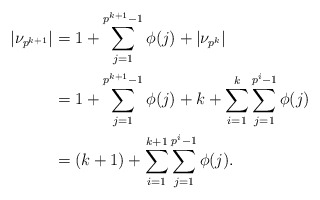
\begin{align*} |\nu_{p^{k+1}}| &= 1+\sum\limits_{j=1}^{p^{k+1}-1}\phi(j) + |\nu_{p^k}|\\ &= 1+\sum\limits_{j=1}^{p^{k+1}-1}\phi(j) + k+\sum\limits_{i=1}^k\sum\limits_{j=1}^{p^i-1}\phi(j)\\ &= (k+1) + \sum\limits_{i=1}^{k+1}\sum\limits_{j=1}^{p^i-1}\phi(j). \end{align*}